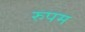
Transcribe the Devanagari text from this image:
रुपम